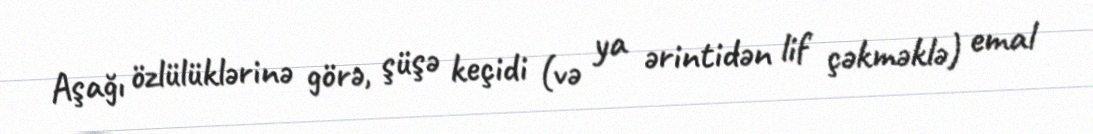
Aşağı özlülüklərinə görə, şüşə keçidi (və ya ərintidən lif çəkməklə) emal